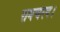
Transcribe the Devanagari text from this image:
रामचरन।